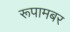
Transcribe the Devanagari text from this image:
रूपामबर